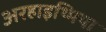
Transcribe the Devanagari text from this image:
अरहाइथ्मिया